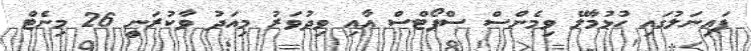
ފައިނަލުގައި ހުޅުމާލޭ ވިމެންސް ސްޕޯޓްސް އާއި ވިދުވަރު މިއަދު ވާކުރަނީ 26 މިނެޓް